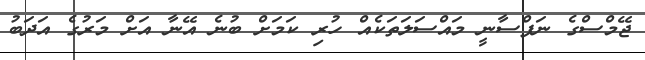
ޖޭމްސްގެ ނަފްސާނީ މައްސަލަތަކެއް ހުރި ކަމަށް ބުނެ އޭނާ އަށް މަރުގެ އަދަބު